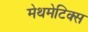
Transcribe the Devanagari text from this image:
मेथमेटिक्स